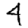
Digit: 4